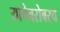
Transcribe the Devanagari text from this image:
याचेबरोबरच